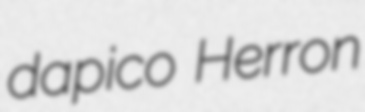
dapico Herron